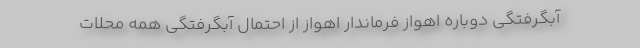
آبگرفتگی دوباره اهواز فرماندار اهواز از احتمال آبگرفتگی همه محلات